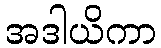
အဒါယိကာ